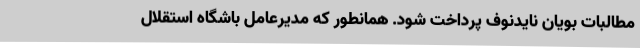
مطالبات بویان نایدنوف پرداخت شود. همانطور که مدیرعامل باشگاه استقلال